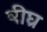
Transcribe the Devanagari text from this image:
षीघ्र